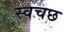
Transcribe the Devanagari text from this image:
स्वचछ